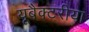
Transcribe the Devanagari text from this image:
यूबैक्टरीया